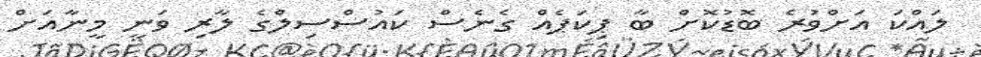
ލައްކަ އަށްވުރެ ބޮޑުކޮށް ބާ ޕިކަޕެއް ގެނެސް ކައުސްސިލްގެ ލާރި ވަނީ މީނާއަށް